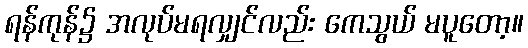
ရန်ကုန်၌ အလုပ်မရလျှင်လည်း ကေသွယ် မပူတော့။